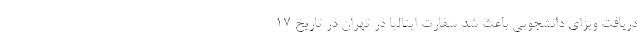
دریافت ویزای دانشجویی باعث شد سفارت ایتالیا در تهران در تاریخ ۱۷